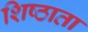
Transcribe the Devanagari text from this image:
शिष्ठाता